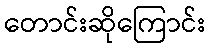
တောင်းဆိုကြောင်း